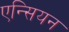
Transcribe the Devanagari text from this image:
एन्सियन